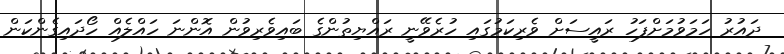
ދައުރު ހަމަވުމަށްފަހު ރައީސަށް ވެރިކަމުގައި ހުރެވޭނީ ރައްޔިތުންގެ ބައިވެރިވުން އޮންނަ ހައްލެއް ހޯދައިގެންކަން